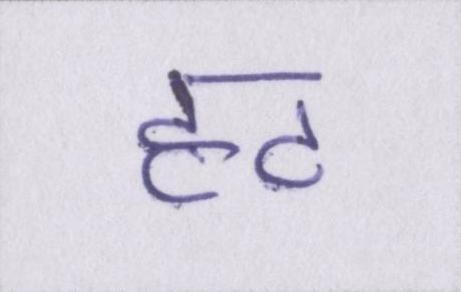
हट